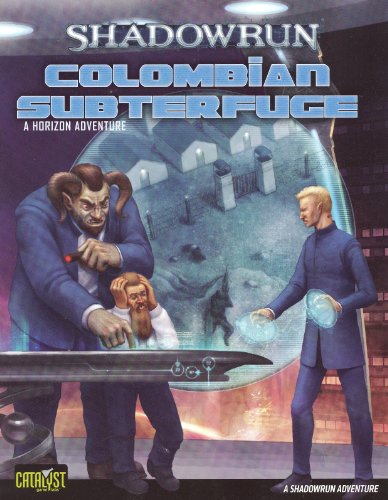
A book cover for Shadowrun Colombian Subterfuge Horizon 3; Catalyst Game Labs; Science Fiction & Fantasy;